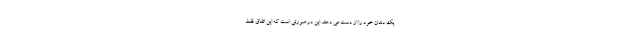
یک دندان خود را از دست می دهند. این در صورتی است که این اتفاق فقط